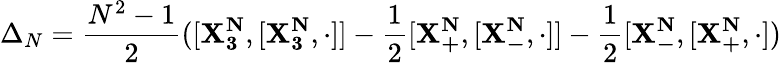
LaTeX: \Delta_{N}=\frac{N^{2}-1}{2}([\mathbf{X_{3}^{N}},[\mathbf{X_{3}^{N}},\cdot]]-\frac{1}{2}[\mathbf{X_{+}^{N}},[\mathbf{X_{-}^{N}},\cdot]]-\frac{1}{2}[\mathbf{X_{-}^{N}},[\mathbf{X_{+}^{N}},\cdot])